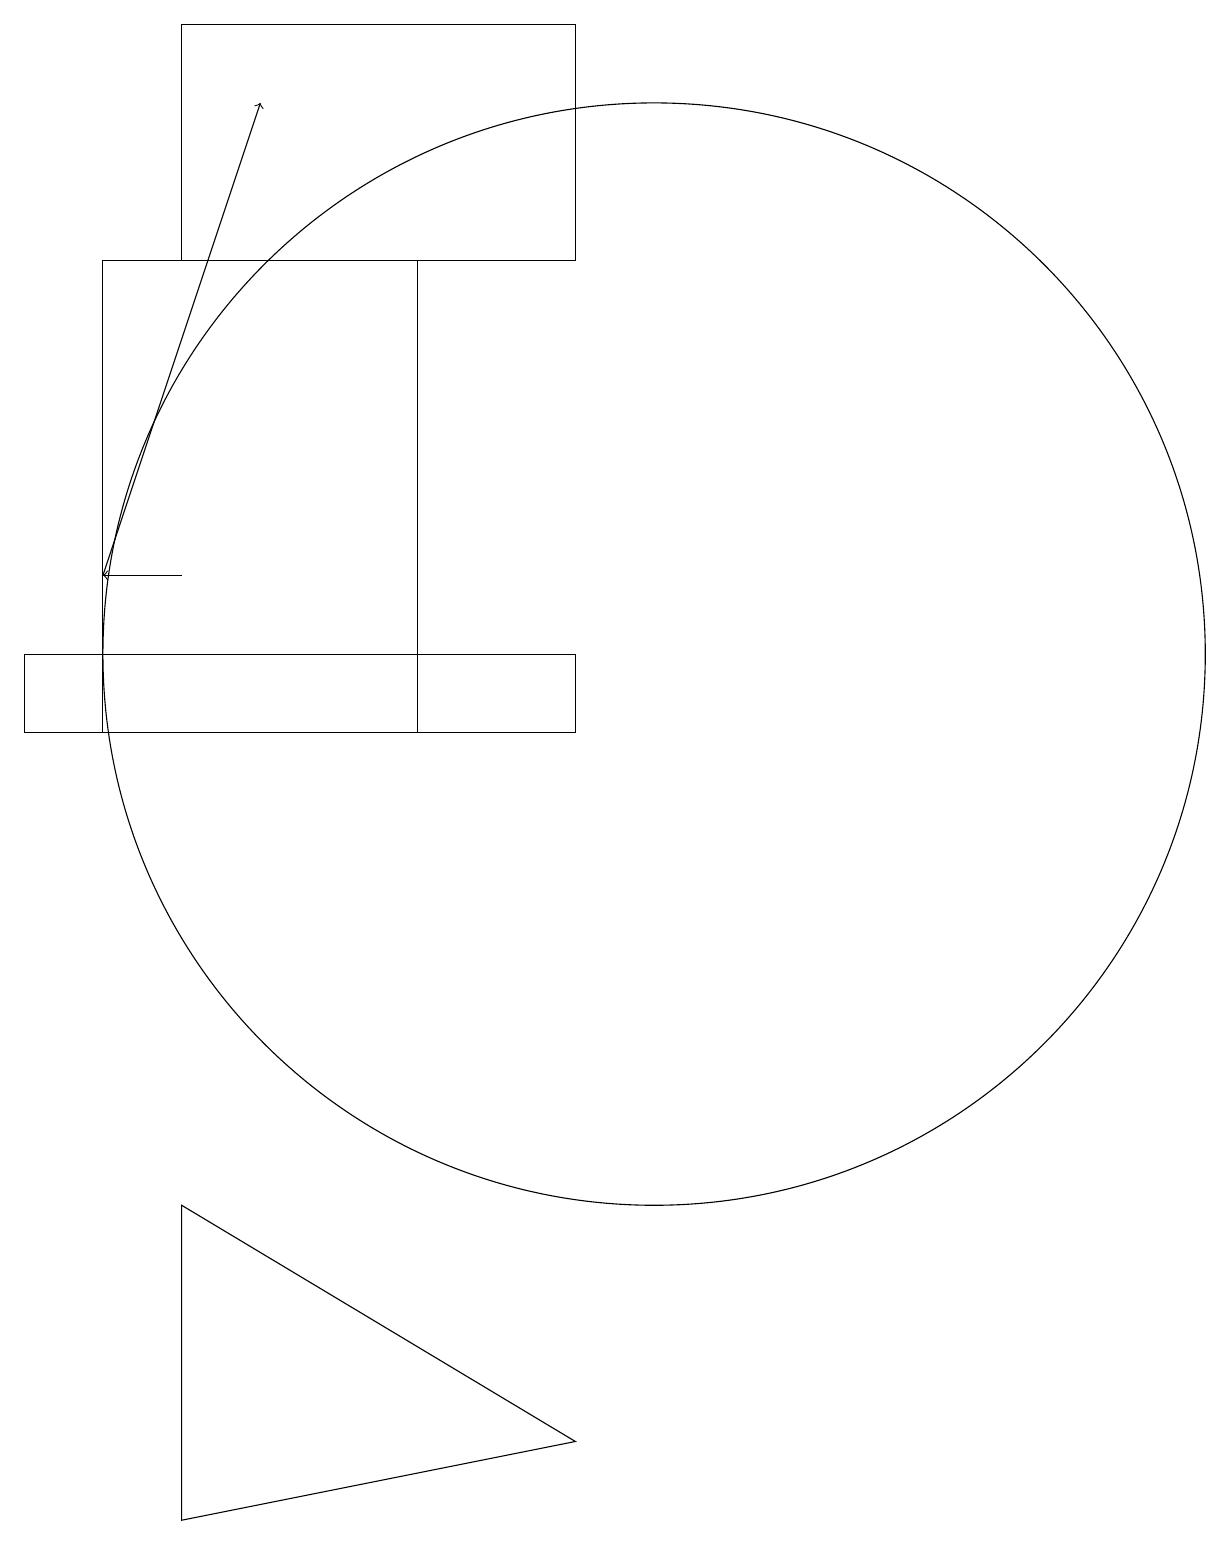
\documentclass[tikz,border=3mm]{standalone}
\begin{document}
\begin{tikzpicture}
\draw (10,11) circle (7);
\draw (3,10) rectangle (7,16);
\draw (9,16) rectangle (4,19);
\draw (11,10) circle (0);
\draw (9,10) rectangle (2,11);
\draw[->] (3,12) -- (5,18);
\draw[->] (4,12) -- (3,12);
\draw (4,0) -- (4,4) -- (9,1) -- cycle;
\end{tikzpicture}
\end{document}